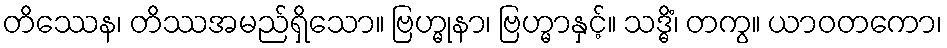
တိဿေန၊ တိဿအမည်ရှိသော။ ဗြဟ္မုနာ၊ ဗြဟ္မာနှင့်။ သဒ္ဓိံ၊ တကွ။ ယာဝတကော၊